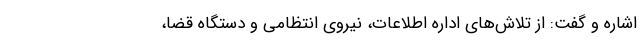
اشاره و گفت: از تلاش‌های اداره اطلاعات، نیروی انتظامی و دستگاه قضا،